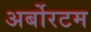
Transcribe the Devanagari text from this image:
अर्बोरटम